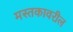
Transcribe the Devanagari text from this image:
मस्तकावरील